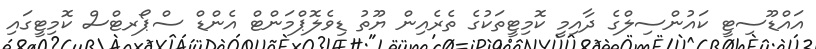
އައްޑޫސިޓީ ކައުންސިލްގެ ދާއިމީ ކޮމިޓީތަކުގެ ތެރެއިން ޔޫތު ޑިވެލޮޕްމަންޓް އެންޑް ސްޕޯރޓްސް ކޮމިޓީގައި